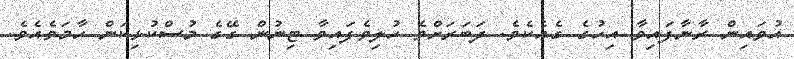
އުވައިން ރާނާފައިވާ އިހުގެ ގެއެކެވެ. ދަބަރަށްވެ ހުލިވެފައިވާ ޓިނުން ގޭގެ މުސްކުޅިކަން ހާމަވެއެވެ.